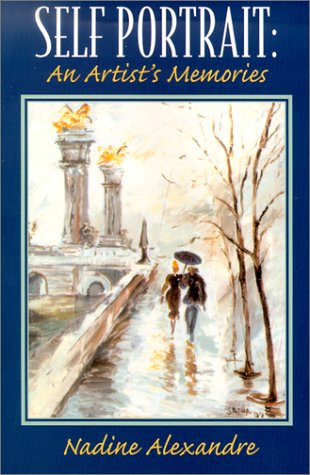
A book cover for Self Portrait: An Artist's Memories; Nadine Alexandre; Biographies & Memoirs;